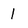
Character: 1